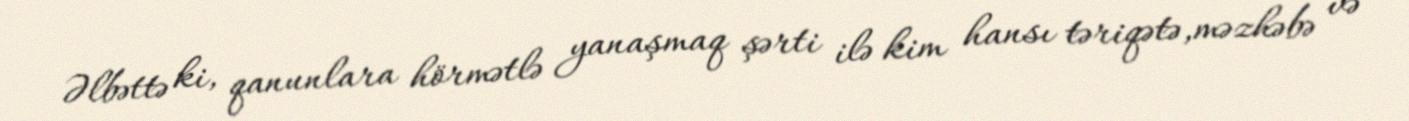
Əlbəttə ki, qanunlara hörmətlə yanaşmaq şərti ilə kim hansı təriqətə,məzhəbə və